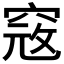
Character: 𥦲